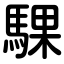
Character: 騍